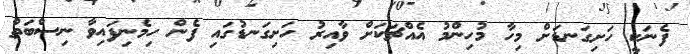
ފެނަކީ ހަށިގަނޑަށް މިހާ މުހިންމު އެއްޗަކަށް ވާއިރު ހަށިގަނޑުގައި ފެން ހިމެނިފައިވާ ނިސްބަތް